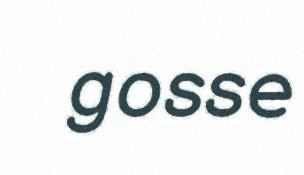
gosse